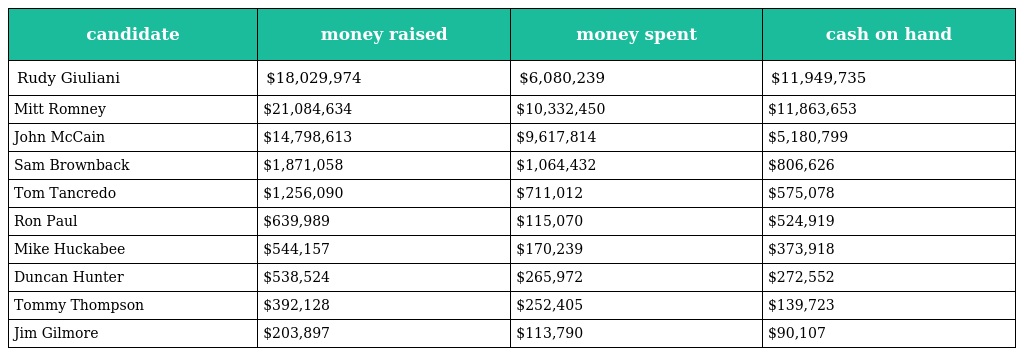
| candidate | money raised | money spent | cash on hand |
 | --- | --- | --- | --- |
 | Rudy Giuliani | $18,029,974 | $6,080,239 | $11,949,735 |
 | Mitt Romney | $21,084,634 | $10,332,450 | $11,863,653 |
 | John McCain | $14,798,613 | $9,617,814 | $5,180,799 |
 | Sam Brownback | $1,871,058 | $1,064,432 | $806,626 |
 | Tom Tancredo | $1,256,090 | $711,012 | $575,078 |
 | Ron Paul | $639,989 | $115,070 | $524,919 |
 | Mike Huckabee | $544,157 | $170,239 | $373,918 |
 | Duncan Hunter | $538,524 | $265,972 | $272,552 |
 | Tommy Thompson | $392,128 | $252,405 | $139,723 |
 | Jim Gilmore | $203,897 | $113,790 | $90,107 |